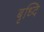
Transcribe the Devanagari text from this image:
बृध्दि